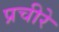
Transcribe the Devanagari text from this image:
प्रचीरे